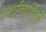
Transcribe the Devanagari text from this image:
दर्शानार्थियों